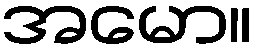
အမော။